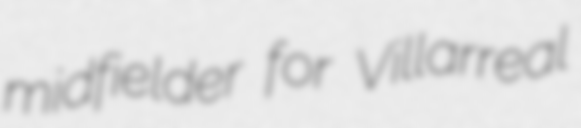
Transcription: midfielder for Villarreal